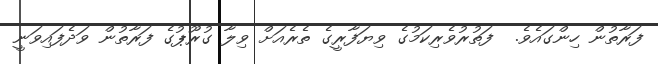
ފަރާތުން ހިންގައެވެ.  ފަތުރުވެރިކަމުގެ ވިޔަފާރީގެ ތެރެއަށް ވިލާ ގުރޫޕުގެ ފަރާތުން ވަދެފައިވަނީ